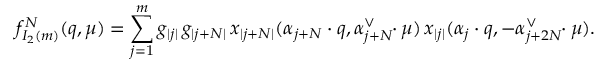
f _ { I _ { 2 } ( m ) } ^ { N } ( q , \mu ) = \sum _ { j = 1 } ^ { m } g _ { | j | } \, g _ { | j + N | } \, x _ { | j + N | } ( \alpha _ { j + N } \cdot q , \alpha _ { j + N } ^ { \vee } \! \! \cdot \mu ) \, x _ { | j | } ( \alpha _ { j } \cdot q , - \alpha _ { j + 2 N } ^ { \vee } \! \! \cdot \mu ) .